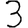
Digit: 3